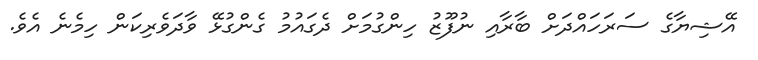
އޭޝިޔާގެ ސަރަހައްދަށް ބާރާއި ނުފޫޒު ހިންގުމަށް ދެގައުމު ގެންގުޅޭ ވާދަވެރިކަން ހިމެނެ އެވެ.